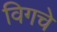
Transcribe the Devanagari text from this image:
विगचे